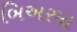
બિઅરમા